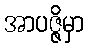
အာပဇ္ဇိမှာ